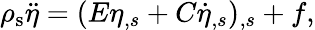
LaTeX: \rho_{\mathrm{s}}\ddot{\eta}=(E\eta_{,s}+C\dot{\eta}_{,s})_{,s}+f,